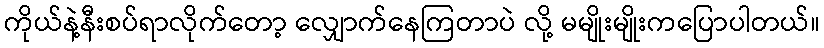
ကိုယ်နဲ့နီးစပ်ရာလိုက်တော့ လျှောက်နေကြတာပဲ လို့ မမျိုးမျိုးကပြောပါတယ်။